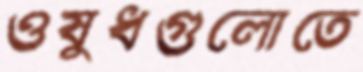
ওষুধগুলোতে